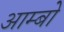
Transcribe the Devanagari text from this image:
आम्बो